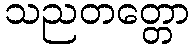
သညတတ္တော